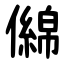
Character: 㒙